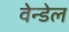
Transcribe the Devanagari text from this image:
वेन्डेल